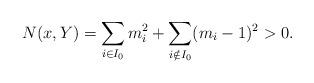
LaTeX: \begin{align*}N(x,Y) = \sum_{i\in I_0} m_i^2+\sum_{i \notin I_0} (m_i-1)^2 >0.\end{align*}